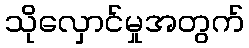
သိုလှောင်မှုအတွက်